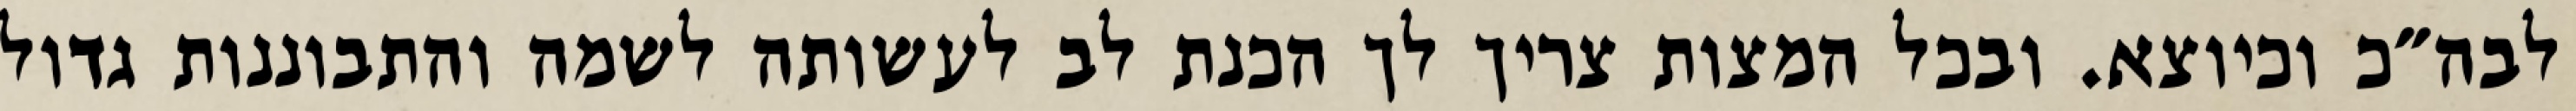
לבה״כ וכיוצא. ובכל המצות צריך לך הכנת לב לעשותה לשמה והתבוננות גדול